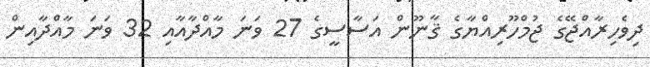
ދިވެހިރާއްޖޭގެ ޖުމްހޫރިއްޔާގެ ޤާނޫން އަސާސީގެ 27 ވަނަ މާއްދާއާއި 32 ވަނަ މާއްދާއިން